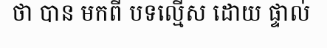
ថា បាន មកពី បទល្មើស ដោយ ផ្ទាល់